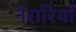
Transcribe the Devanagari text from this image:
नेरारियाँ